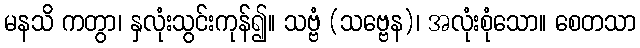
မနသိ ကတွာ၊ နှလုံးသွင်းကုန်၍။ သဗ္ဗံ (သဗ္ဗေန)၊ အလုံးစုံသော။ စေတသာ